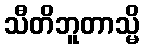
သီတိဘူတာသ္မိ